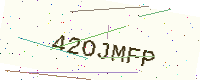
Text: 42OJMFP